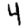
Digit: 4